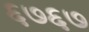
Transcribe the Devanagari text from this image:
६७६७